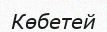
Көбетей